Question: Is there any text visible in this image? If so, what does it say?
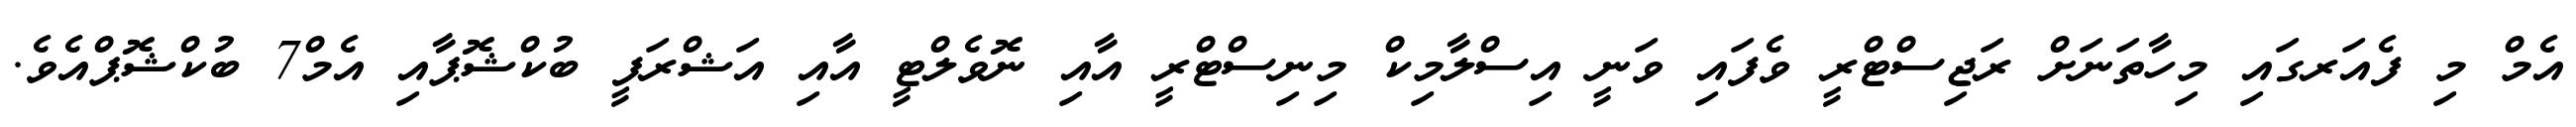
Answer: އެމް މި ފެއަރގައި މިހާތަނަށް ރަޖިސްޓްރީ ވެފައި ވަނީ އިސްލާމިކް މިނިސްޓްރީ އާއި ނޮވެލްޓީ އާއި އަޝްރަފީ ބުކްޝޮޕާއި އެމް7 ބުކްޝޮޕްއެވެ.